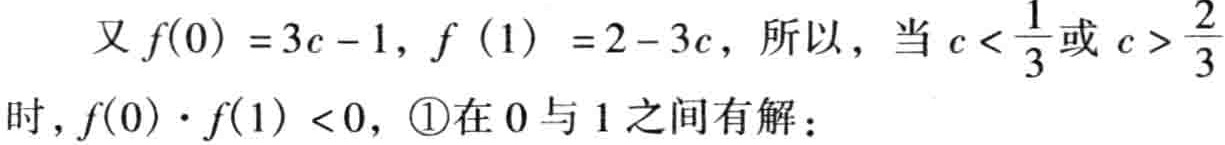
又 \(f(0)=3c - 1\), \(f(1)=2 - 3c\), 所以，当 \(c < \frac{1}{3}\) 或 \(c > \frac{2}{3}\) 时，\(f(0)\cdot f(1)<0\)，\textcircled{1}在 \(0\) 与 \(1\) 之间有解；